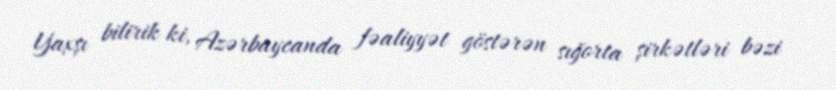
Yaxşı bilirik ki, Azərbaycanda fəaliyyət göstərən sığorta şirkətləri bəzi